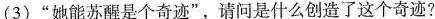
(3)“她能苏醒是个奇迹”，请问是什么创造了这个奇迹?